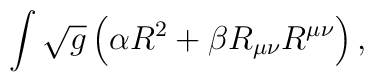
\int \sqrt{g}\left( \alpha R^{2}+\beta R_{\mu \nu }R^{\mu \nu }\right) ,